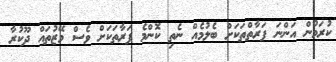
ކުރަމުން އަންނަ ފަރާތްތަކަށް ބެލުމެއް ނެތި ކޮންމެ ފަރާތަކަށް ވެސް މޭޒުތައް ދޫކުރާ